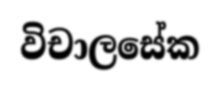
විචාලසේක